Bréfritari: Ragnhildur Ólafsdóttir
Viðtakandi: Jón Borgfirðingur
Dagsetning: A-1882-05-10
Skrifað á: Lundum  Mýr.

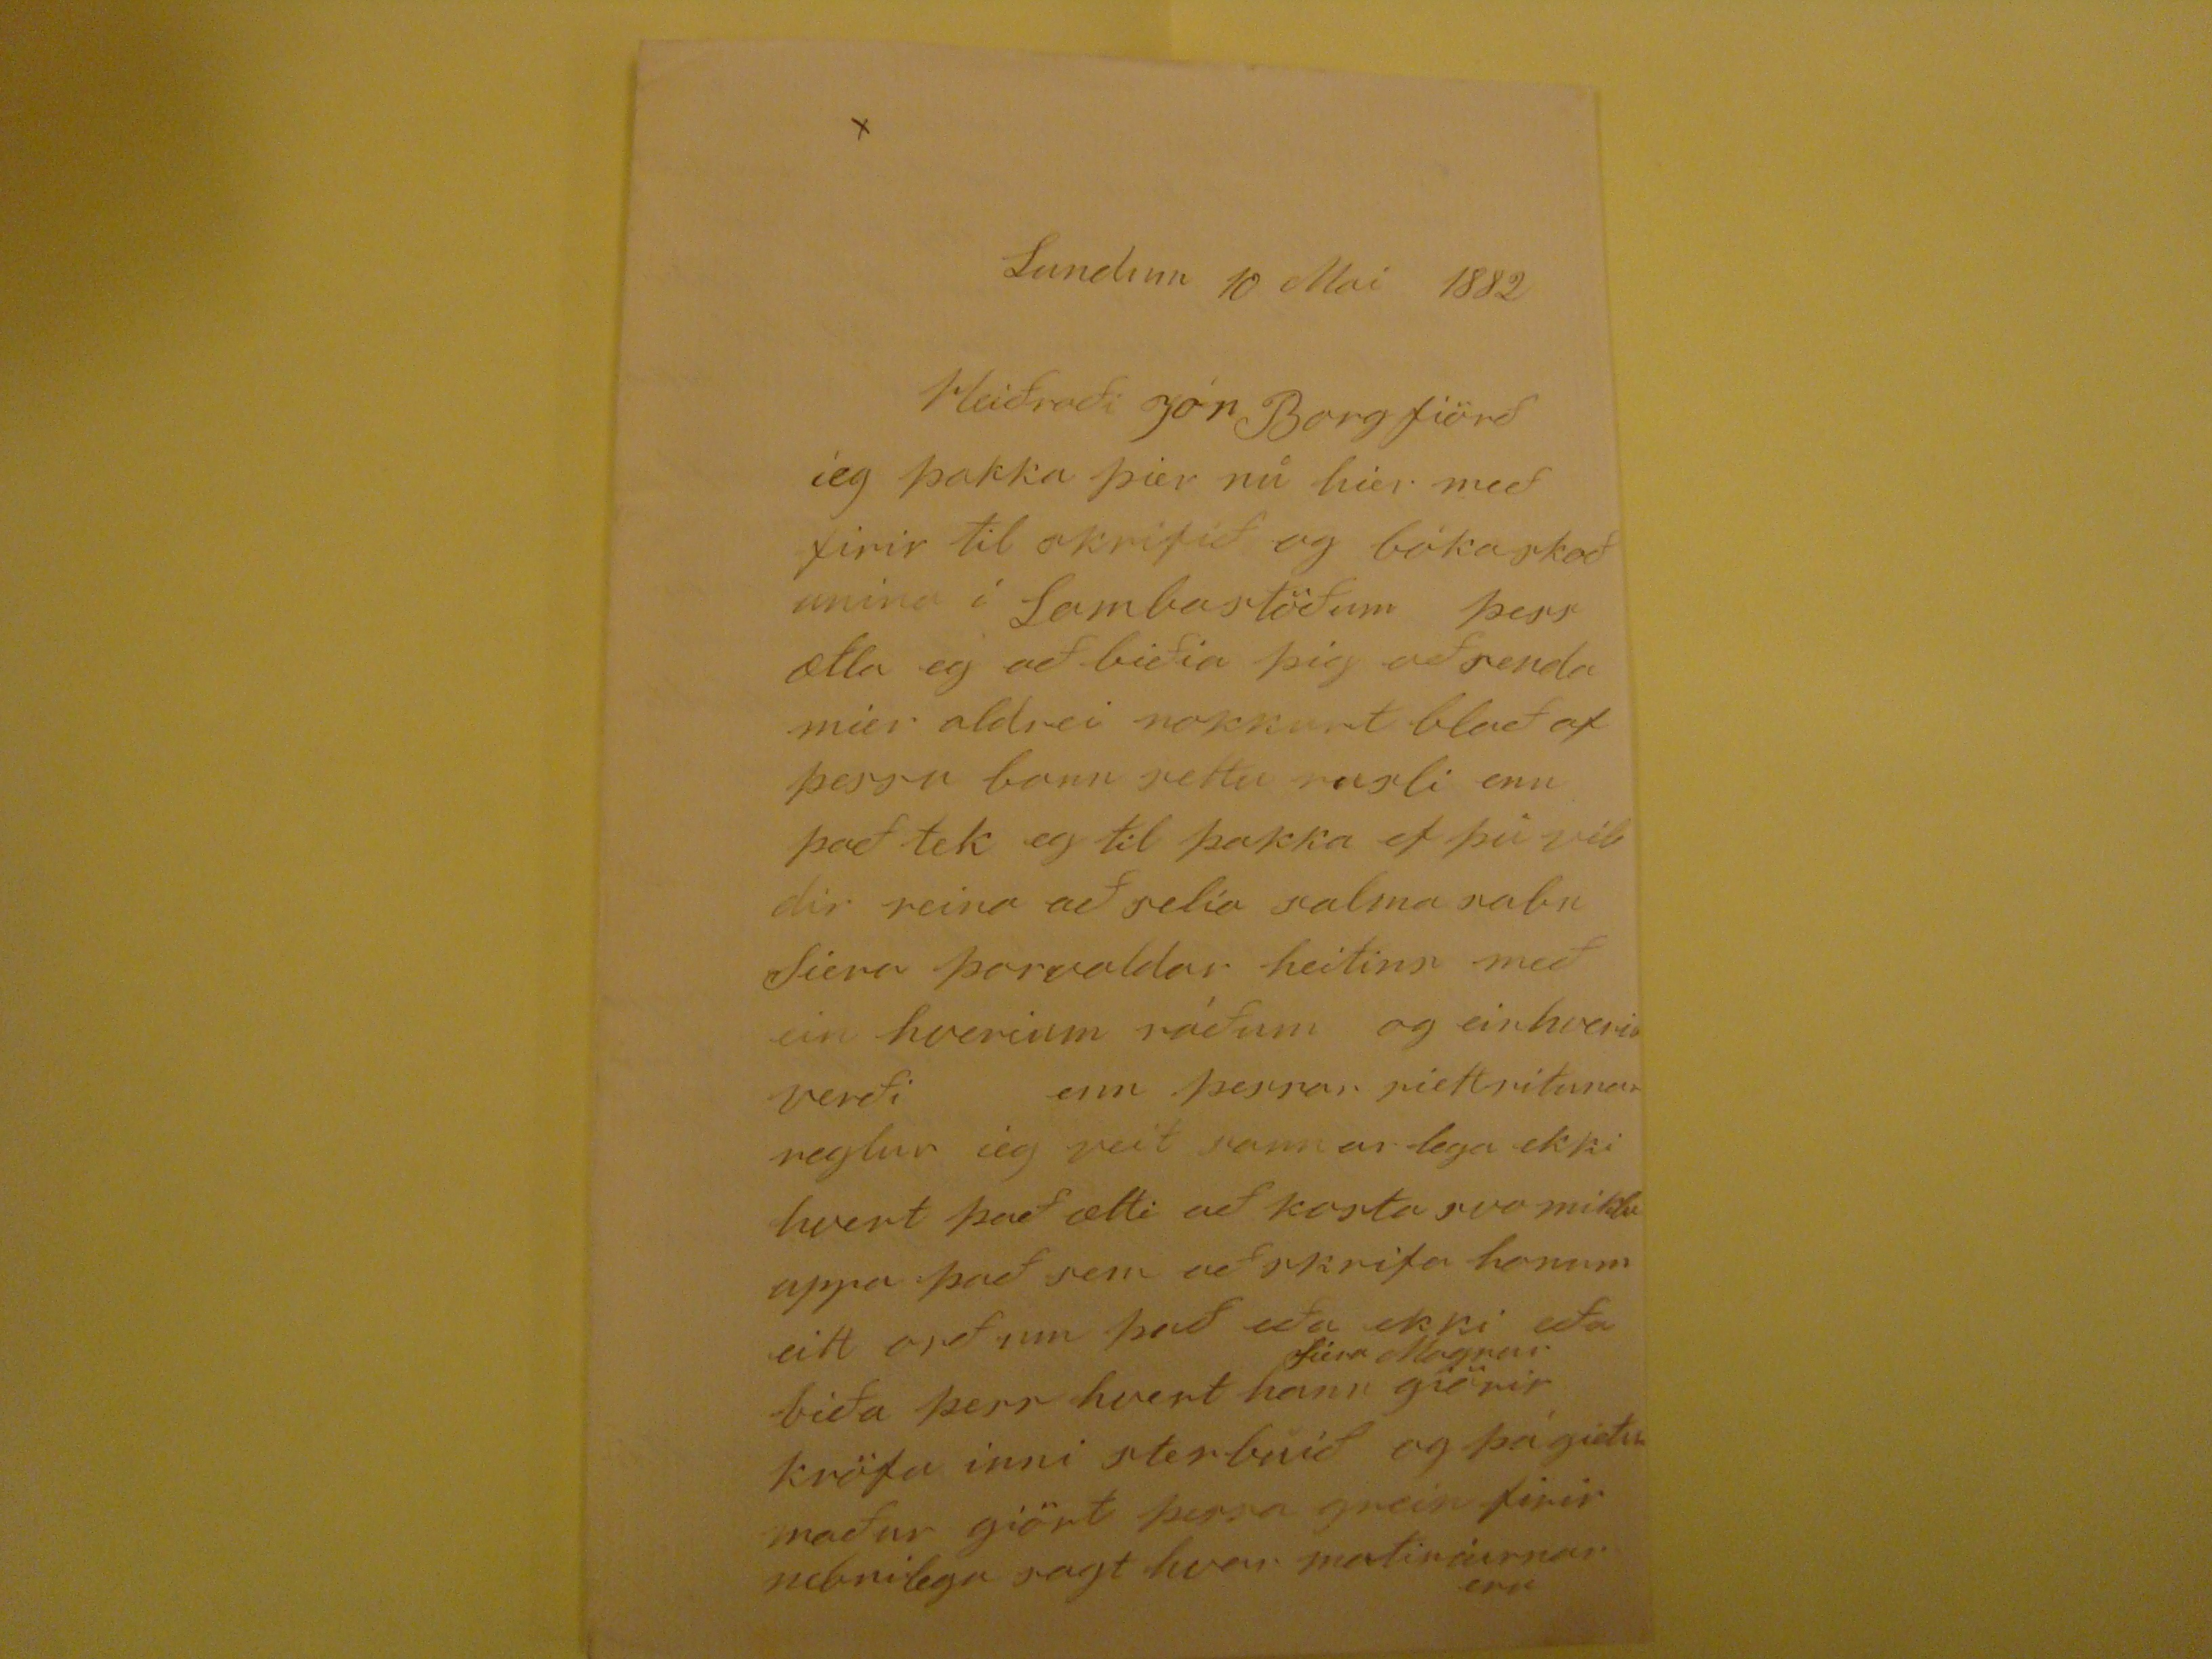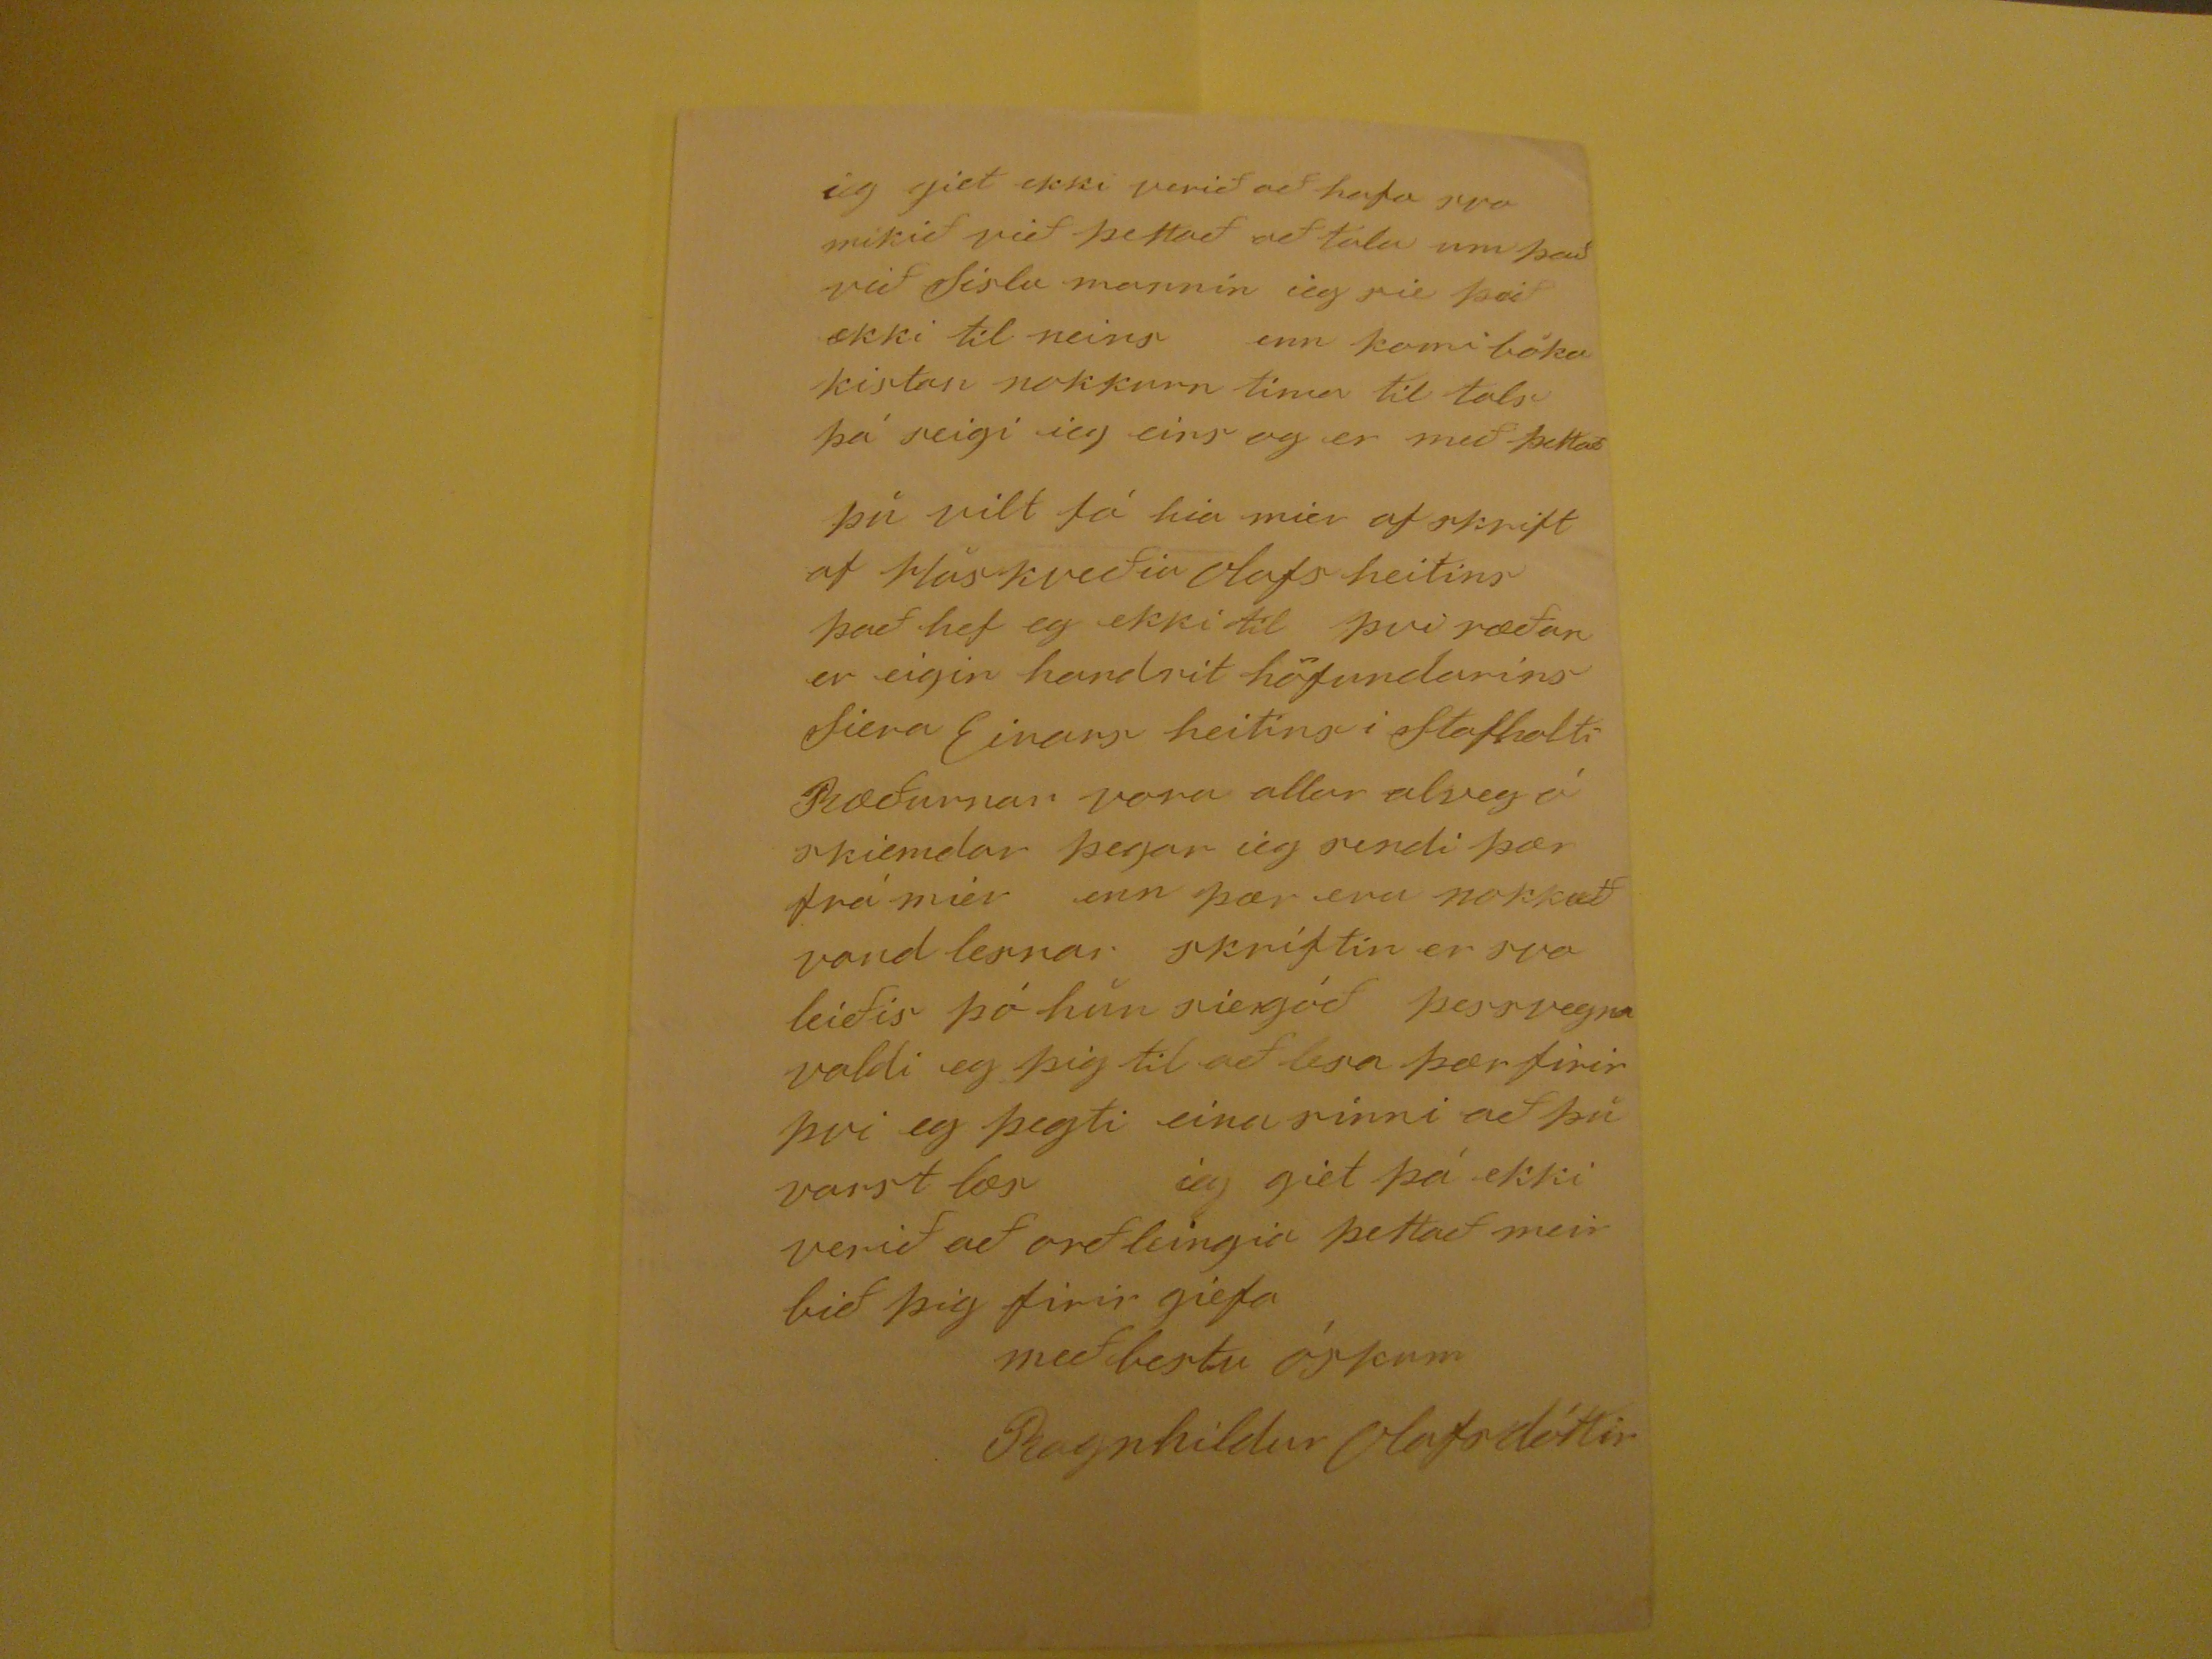

Lumdum 10 Mai 1882
Heiðraði jón Borgfiörð
ieg þakka þier nu hier með firir til skrifið og bókaskoðunina í Lambastöðum þess ætla eg að biðia þig að senda mier aldrei nokkurt blað af þessu bann settu rusli enn það tek eg til þakka ef þú vildir reina að selia salma sabn Siera Þorvaldar heitins með ein hverjium ráðum og einhveriu verði enn þerrar riettritunar reglur ieg veit sannar lega ekki hvert það ætti að kosta svo miklu uppa það sem að skrifa honum eitt orð um það eða ekki eða biða þess hvert hann giörir
firri Magnus
kröfu inni sterbúið og þá gietu maður giört þessa grein firir nebnilega sagt hvar
matiriurnar
eru
ieg giet ekki verið að hafa svo mikið við þettað að tala um það við Sislu mannin ieg sie það ekki til neins enn komi bóka kistan nokkurn tima til tals þá seigi ieg eins og er með þettað þú vilt fá hia mier af skrift af
Haskveðin
olafs heitins það hef eg ekki til þvi ræðan er eigin handrit höfundarins Siera Einars heitins i Stafholti Ræðurnar voru allar alveg ó skiemdar þegar ieg sendi þær frá mier enn þær eru nokkuð vandlesnar skriftin er svo leiðis þó hún sie góð þessvegna valdi eg þig til að lesa þær firir þvi eg þegti einu sinni að þu varst læs ieg giet þá ekki verið að orðleingia þettað meir bið þig firir giefa
með bestu óskum
Ragnhildur Olafsdóttir